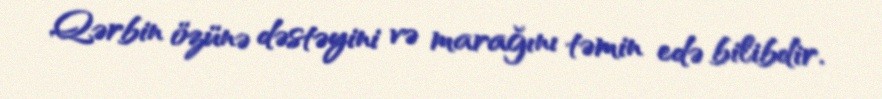
Qərbin özünə dəstəyini və marağını təmin edə bilibdir.